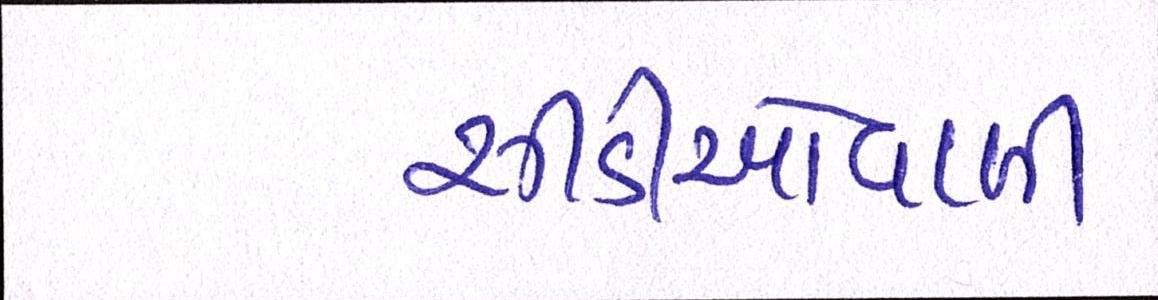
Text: સીડીઓવાળી